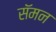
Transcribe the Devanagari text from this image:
सॅमन